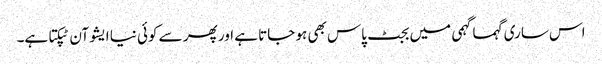
اس ساری گہما گہمی میں بجٹ پاس بھی ہو جاتا ہے اور پھر سے کوئی نیا ایشو آن ٹپکتا ہے۔